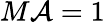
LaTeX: M\mathcal{A}=1